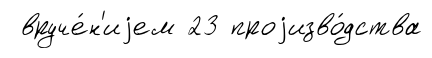
вруче́н'иjем 23 проjизво́дства